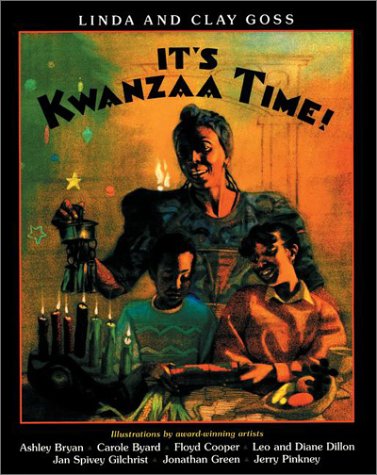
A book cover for It's Kwanzaa Time!; Linda Goss; Children's Books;